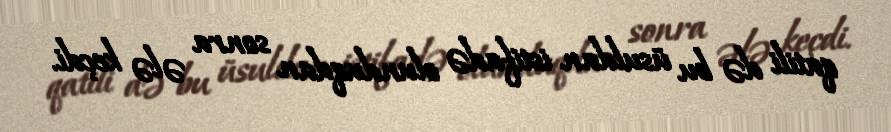
qatili də bu üsuldan istifadə olunduqdan sonra ələ keçdi.